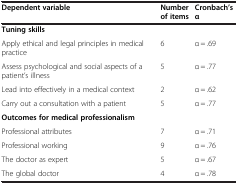
<table><thead><tr><td><b>Dependent variable</b></td><td><b>Number of items</b></td><td><b>Cronbach’s α</b></td></tr></thead><tbody><tr><td><b>Tuning skills</b></td><td> </td><td> </td></tr><tr><td>Apply ethical and legal principles in medical practice</td><td>6</td><td>α = .69</td></tr><tr><td>Assess psychological and social aspects of a patient’s illness</td><td>5</td><td>α = .77</td></tr><tr><td>Lead into effectively in a medical context</td><td>2</td><td>α = .62</td></tr><tr><td>Carry out a consultation with a patient</td><td>5</td><td>α = .77</td></tr><tr><td><b>Outcomes for medical professionalism</b></td><td> </td><td> </td></tr><tr><td>Professional attributes</td><td>7</td><td>α = .71</td></tr><tr><td>Professional working</td><td>9</td><td>α = .76</td></tr><tr><td>The doctor as expert</td><td>5</td><td>α = .67</td></tr><tr><td>The global doctor</td><td>4</td><td>α = .78</td></tr></tbody></table>